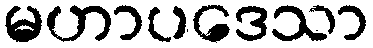
မဟာပဒေသာ